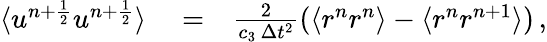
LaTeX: \begin{array}{rlr}{\langle u^{n+\frac{1}{2}}u^{n+\frac{1}{2}}\rangle}&{{}=}&{\frac{2}{c_{3}\, \Delta{t}^{2}}(\langle r^{n}r^{n}\rangle-\langle r^{n}r^{n+1}\rangle)\, ,}\end{array}